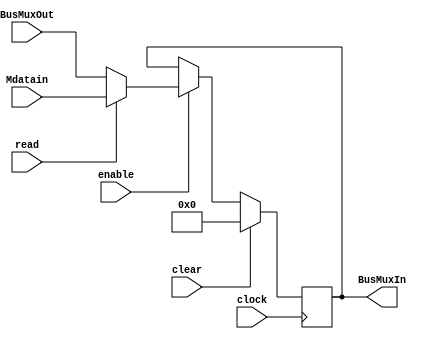
module MDR(
	input clear, clock, enable, read,
	input [31:0] BusMuxOut,
	input [31:0] Mdatain, 
	output wire [31:0] BusMuxIn
); 
	
reg [31:0]q;
always @ (posedge clock)
		begin 
			if (clear) begin
				q <= {31{1'b0}};
			end
			else if (enable) begin
				q <= read ? Mdatain : BusMuxOut;
			end
		end
	assign BusMuxIn = q[31:0];
endmodule